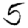
Digit: 5